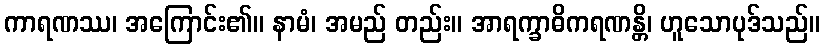
ကာရဏဿ၊ အကြောင်း၏။ နာမံ၊ အမည် တည်း။ အာရက္ခာဓိကရဏန္တိ၊ ဟူသောပုဒ်သည်။